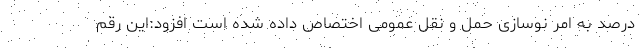
درصد به امر نوسازی حمل و نقل عمومی اختصاص داده شده است افزود:این رقم